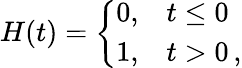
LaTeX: H(t)=\left\{ \begin{array}{ll}{0,}&{t\le 0}\\ {1,}&{t>0\, ,}\end{array}\right.